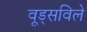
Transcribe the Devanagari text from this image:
वूड्सविले